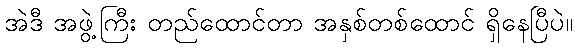
အဲဒီ အဖွဲ့ကြီး တည်ထောင်တာ အနှစ်တစ်ထောင် ရှိနေပြီပဲ။